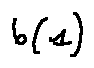
b ( 1 )